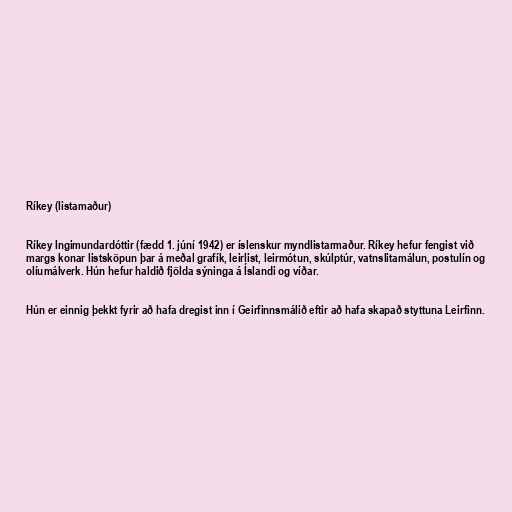
Ríkey (listamaður)

Ríkey Ingimundardóttir (fædd 1. júní 1942) er íslenskur myndlistarmaður. Ríkey hefur fengist við
margs konar listsköpun þar á meðal grafík, leirlist, leirmótun, skúlptúr, vatnslitamálun, postulín og
olíumálverk. Hún hefur haldið fjölda sýninga á Íslandi og víðar.

Hún er einnig þekkt fyrir að hafa dregist inn í Geirfinnsmálið eftir að hafa skapað styttuna Leirfinn.